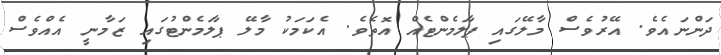
ދަންނައެވެ. އޭރުވެސް މާލޭގައި ޕާލަމެންޓެއް އޮތެވެ. އެކަމަކު މާލޭ ޕާލަމެންޓުގައި ޒަމާނީ އެއްވެސް